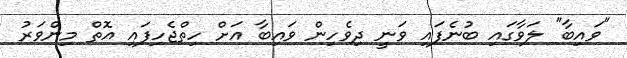
"ވައިބާ" ލަވާގައި ބުނެފައި ވަނީ ދިވެހިން ވައިބާ އަށް ހިތްޖެހިފައި އޮތް މިންވަރު